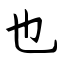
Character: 也